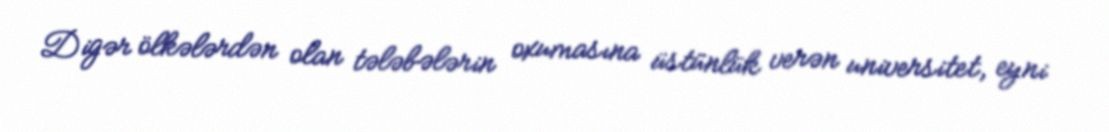
Digər ölkələrdən olan tələbələrin oxumasına üstünlük verən universitet, eyni